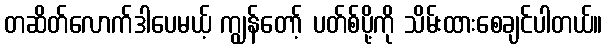
တဆိတ်လောက်ဒါပေမယ့် ကျွန်တော့် ပတ်စ်ပို့ကို သိမ်းထားစေချင်ပါတယ်။